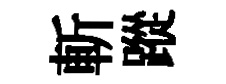
斬蹤